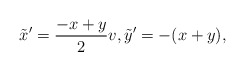
\begin{align*}\tilde{x}^{\prime}=\frac{-x+y}{2}v, \tilde{y}^{\prime}=-(x+y), \end{align*}